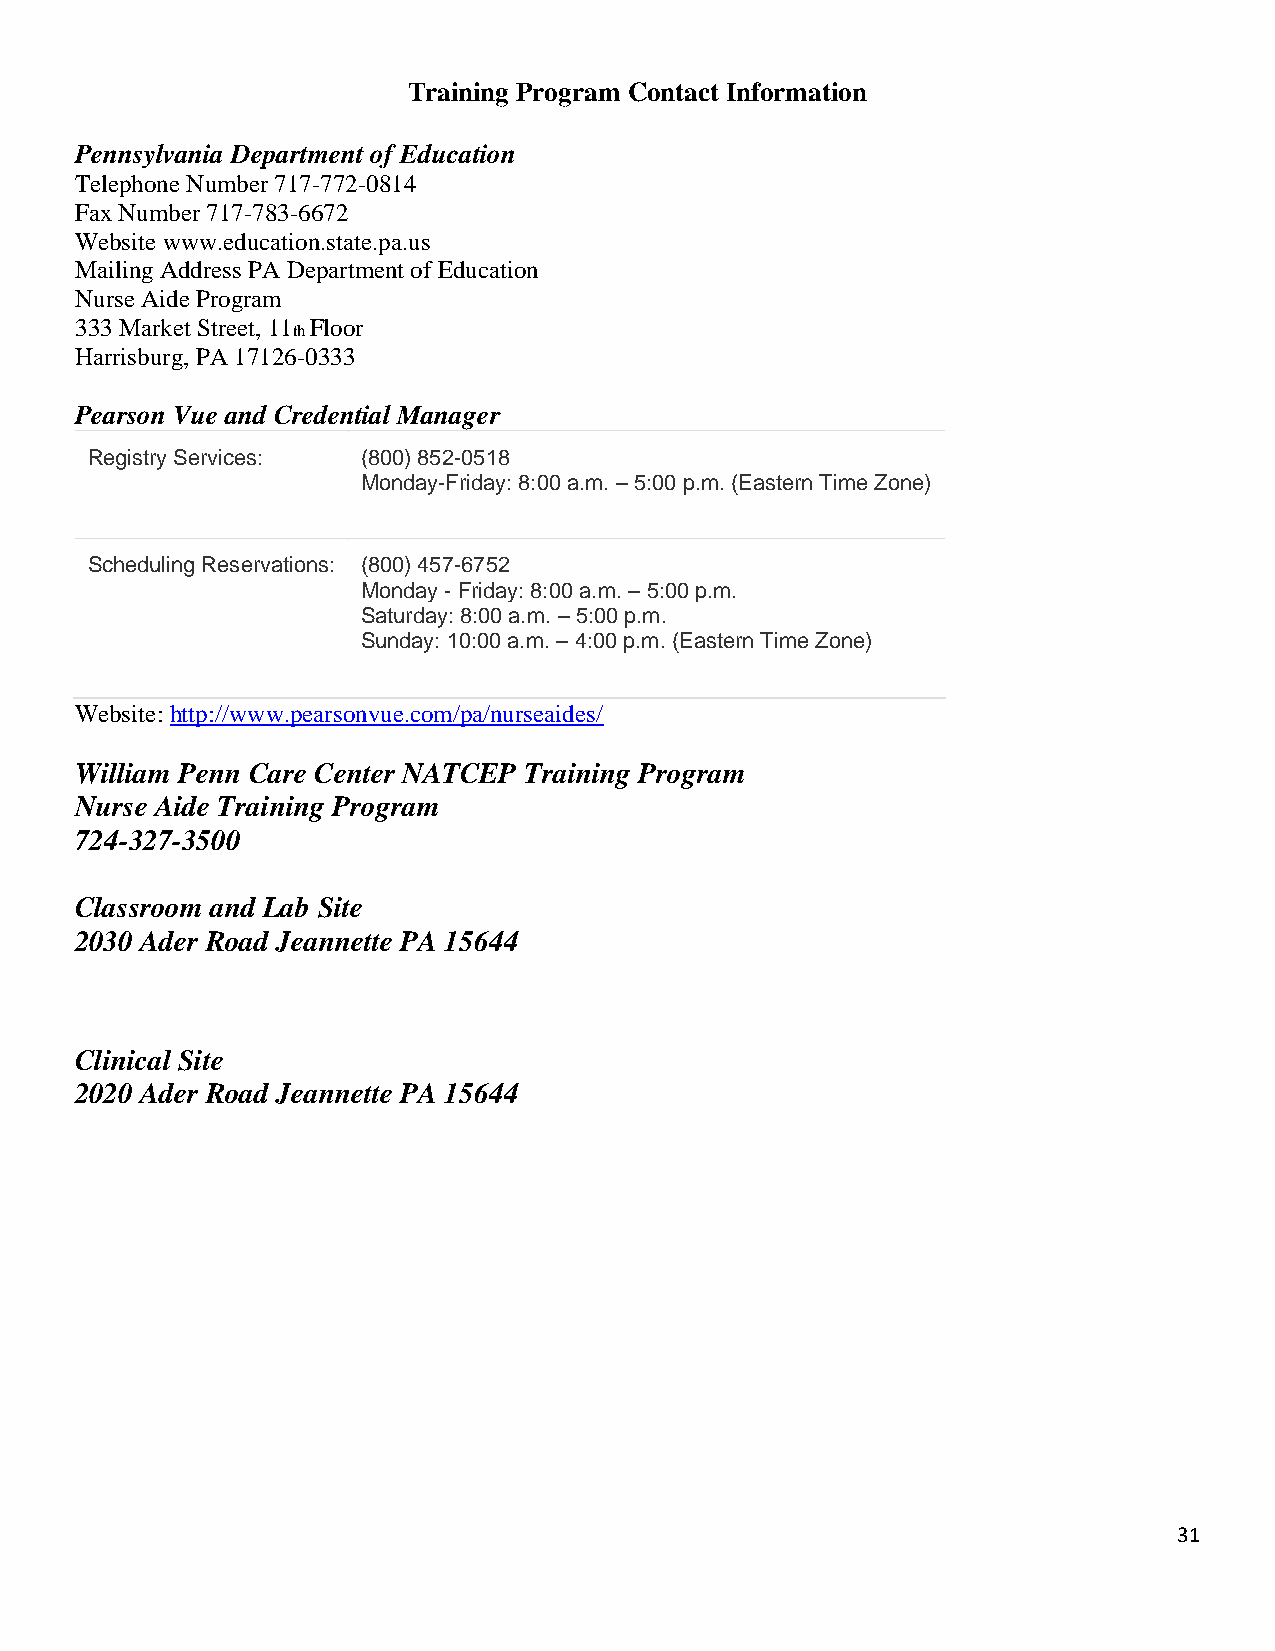
Training Program Contact Information
 Pennsylvania Department of Education
 Telephone Number 717-772-0814
 Fax Number 717-783-6672
 Website www.education.state.pa.us
 Mailing Address PA Department of Education
 Nurse Aide Program
 333 Market Street, 11 Floor
 th
 Harrisburg, PA 17126-0333
 Pearson Vue and Credential Manager
 Registry Services: (800) 852-0518
 Monday-Friday: 8:00 a.m. – 5:00 p.m. (Eastern Time Zone)
 Scheduling Reservations: (800) 457-6752
 Monday - Friday: 8:00 a.m. – 5:00 p.m.
 Saturday: 8:00 a.m. – 5:00 p.m.
 Sunday: 10:00 a.m. – 4:00 p.m. (Eastern Time Zone)
 Website: http://www.pearsonvue.com/pa/nurseaides/
 William Penn Care Center NATCEP Training Program
 Nurse Aide Training Program
 724-327-3500
 Classroom and Lab Site
 2030 Ader Road Jeannette PA 15644
 Clinical Site
 2020 Ader Road Jeannette PA 15644
 31